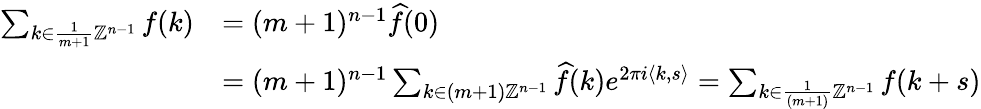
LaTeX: \begin{array}{rl}{\sum_{k\in\frac{1}{m+1}\mathbb{Z}^{n-1}}f(k)}&{=(m+1)^{n-1}\widehat f(0)}\\ &{=(m+1)^{n-1}\sum_{k\in(m+1)\mathbb{Z}^{n-1}}\widehat f(k)e^{2\pi i\langle k,s\rangle}=\sum_{k\in\frac{1}{(m+1)}\mathbb{Z}^{n-1}}f(k+s)}\end{array}